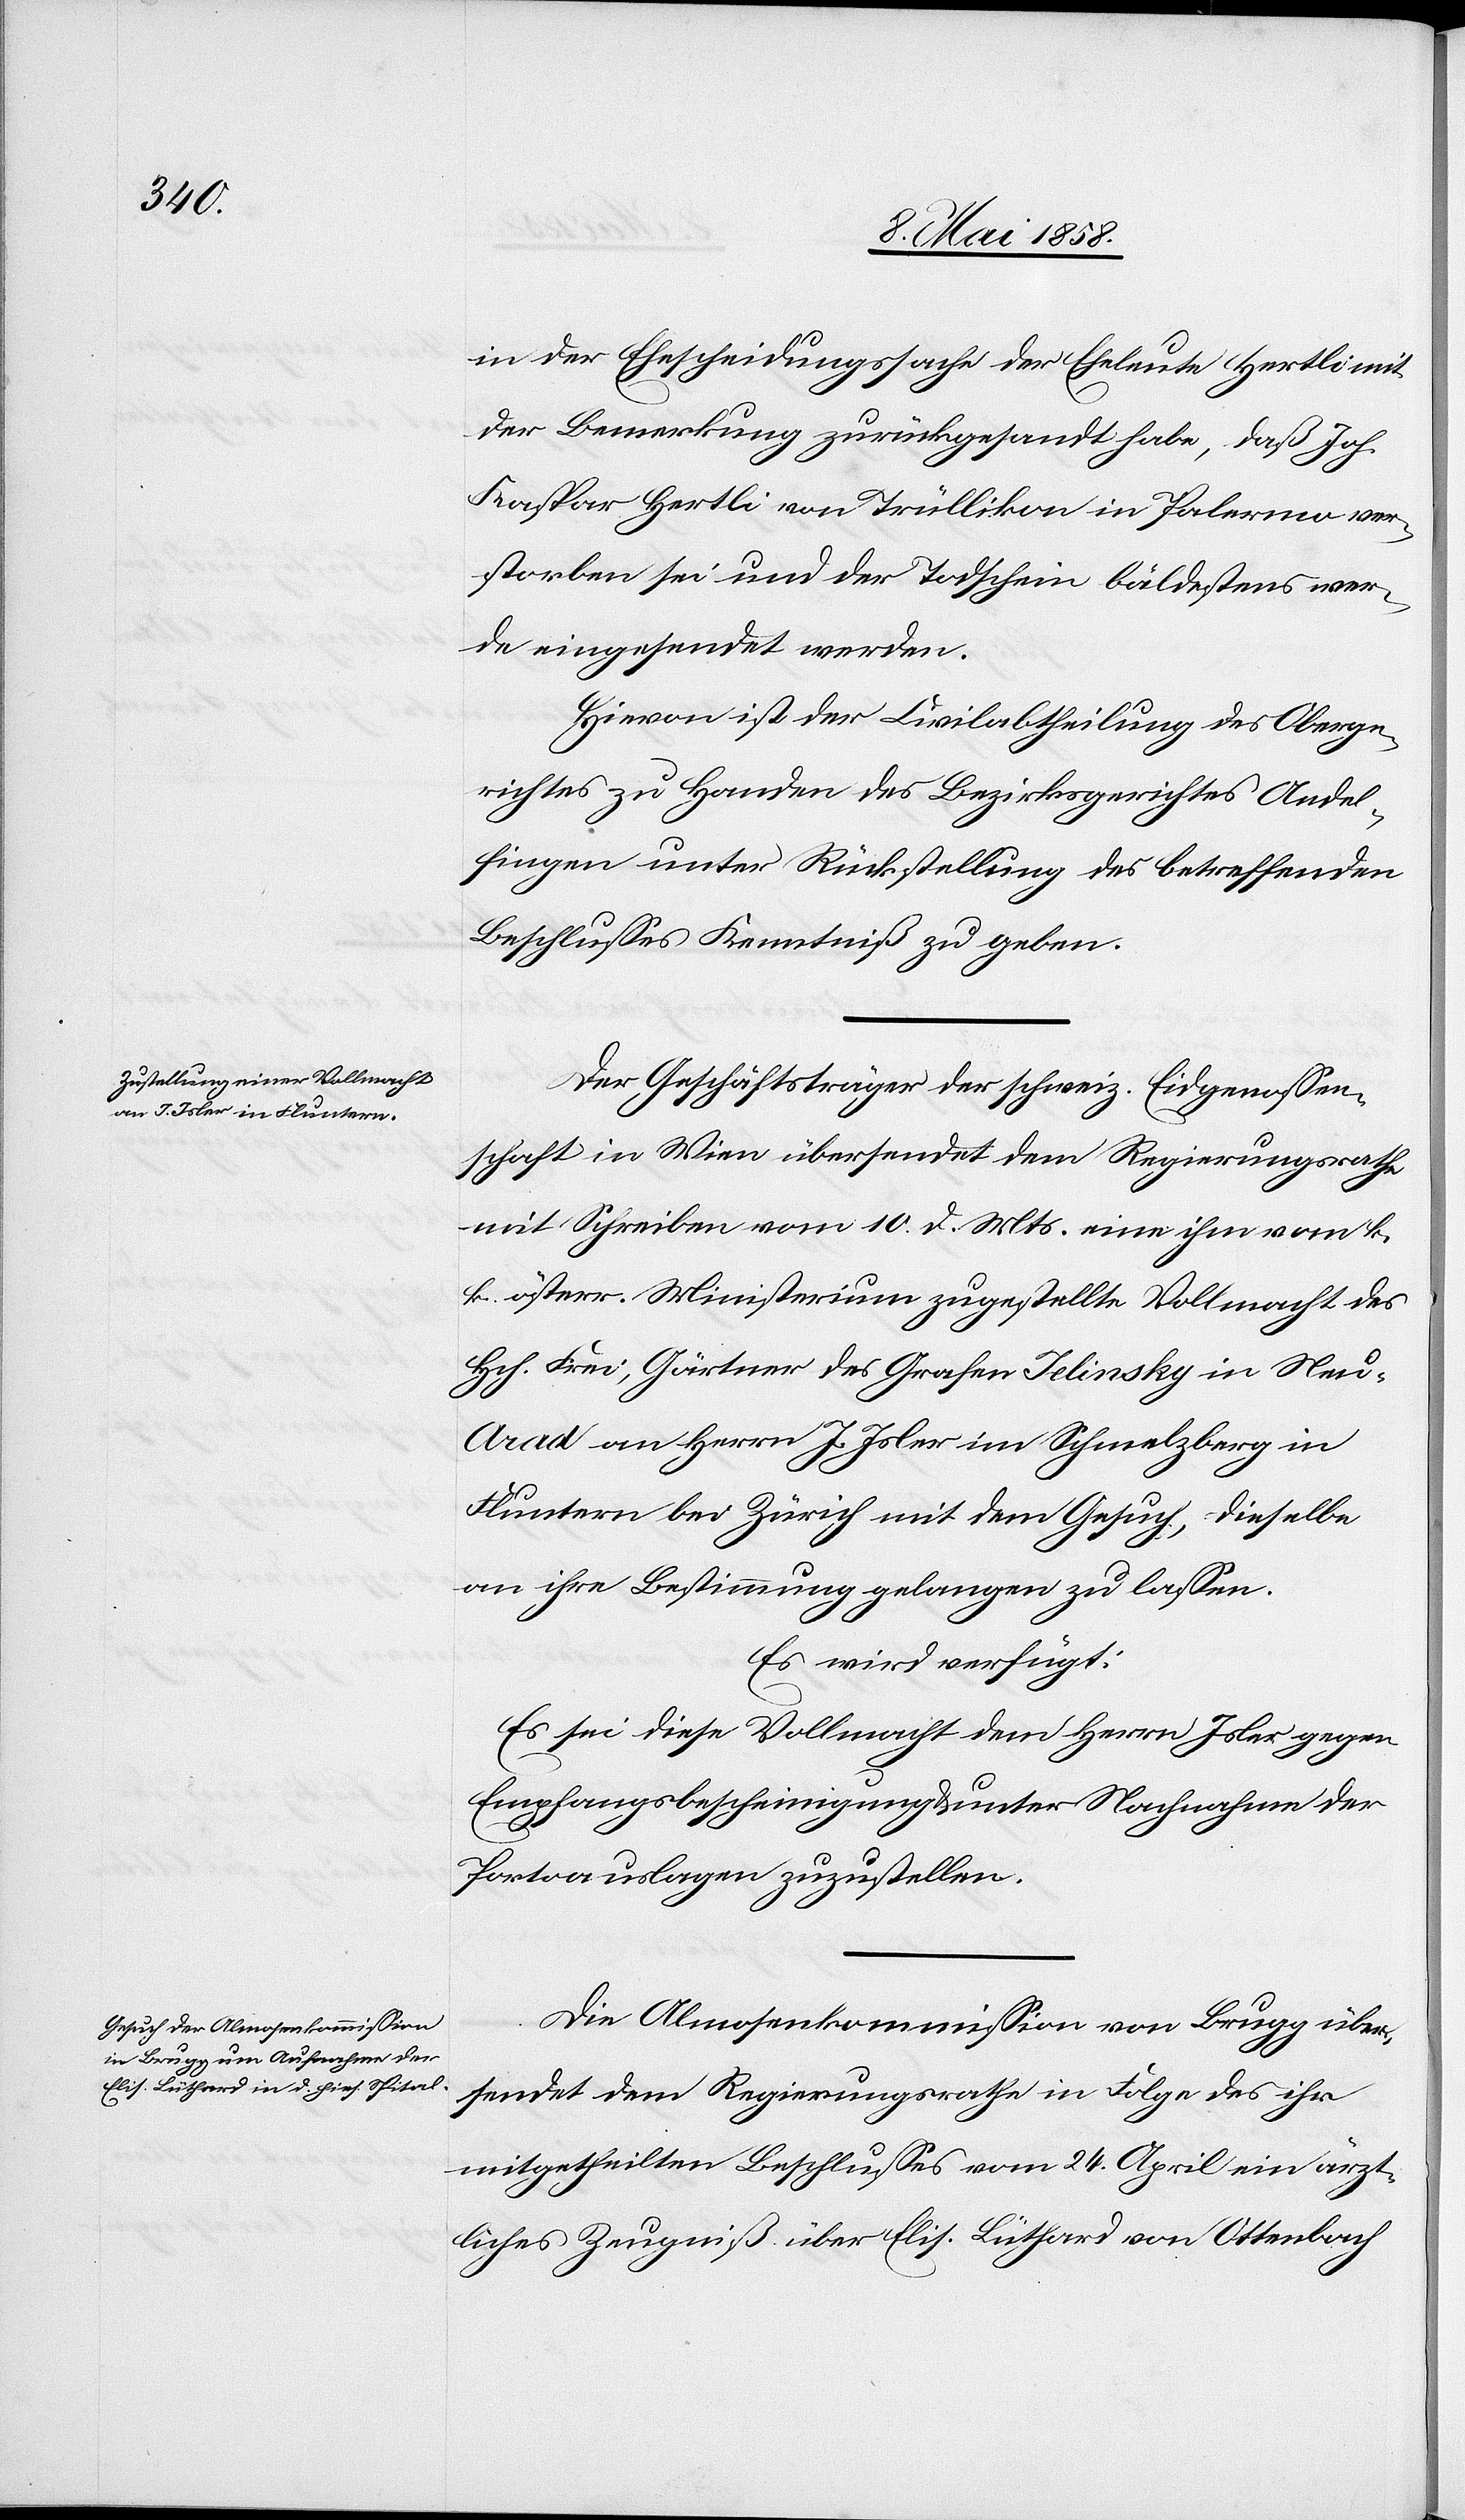
14. Mai 1858.]
in der Ehescheidungssache der Eheleute Hertli mit
der Bemerkung zurückgesandt habe, daß Joh.
Kaspar Hertli von Trüllikon in Palermo ver¬
storben sei und der Todschein bäldestens wer¬
de eingesendet werden.
Hievon ist der Civilabtheilung des Oberge¬
richtes zu Handen des Bezirksgerichtes Andel¬
fingen unter Rückstellung des betreffenden
Beschlusses Kenntniß zu geben.
Der Geschäftsträger der schweiz. Eidgenossen¬
schaft in Wien übersendet dem Regierungsrathe
mit Schreiben vom 10. d. Mts. eine ihm vom k.
k. österr. Ministerium zugestellte Vollmacht des
Hch. Frei, Gärtner des Grafen Jelinsky in Neu-A¬
rad an Herrn I. Isler im Schmelzbach in
Fluntern bei Zürich mit dem Gesuch, dieselbe
an ihre Bestimmung gelangen zu lassen.
Es wird verfügt:
Es sei diese Vollmacht dem Herrn Isler gegen
Empfangsbescheinigung u. unter Nachnahme der
Portoauslagen zuzustellen.
Die Almosenkommission von Brugg über¬
sendet dem Regierungsrathe in Folge des ihr
mitgetheilten Beschlusses vom 24. April ein ärzt¬
liches Zeugniß über Elis. Lüthard von Ottenbach